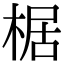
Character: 椐